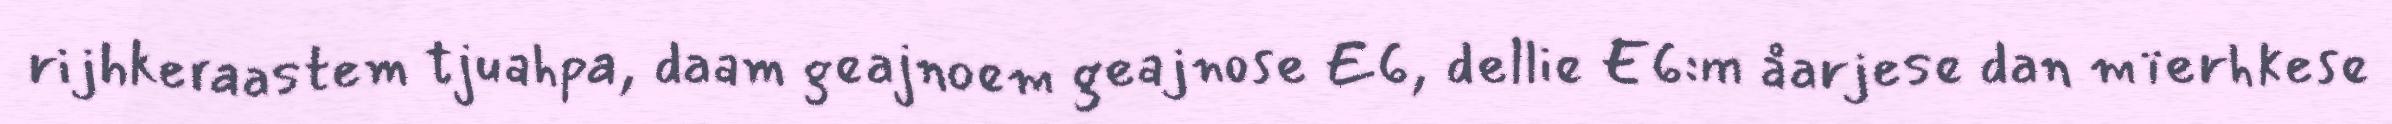
rijhkeraastem tjuahpa, daam geajnoem geajnose E6, dellie E6:m åarjese dan mïerhkese